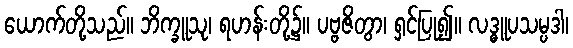
ယောက်တို့သည်။ ဘိက္ခူသု၊ ရဟန်းတို့၌။ ပဗ္ဗဇိတွာ၊ ရှင်ပြု၍။ လဒ္ဓူပသမ္ပဒါ၊